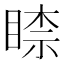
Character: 𥈡